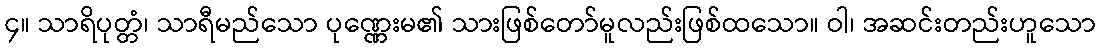
၄။ သာရိပုတ္တံ၊ သာရီမည်သော ပုဏ္ဏေးမ၏ သားဖြစ်တော်မူလည်းဖြစ်ထသော။ ဝါ၊ အဆင်းတည်းဟူသော